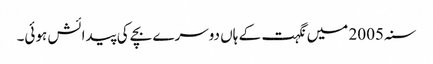
سنہ 2005 میں نگہت کے ہاں دوسرے بچے کی پیدائش ہوئی۔